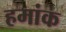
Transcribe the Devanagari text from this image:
हमांक